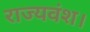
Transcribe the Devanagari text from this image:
राज्यवंश।